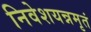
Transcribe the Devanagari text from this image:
निवेशयन्नमृतं